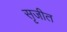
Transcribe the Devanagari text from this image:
सृजीत